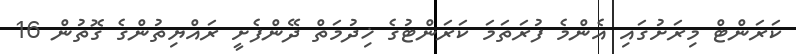
ކަރަންޓް މިރަށުގައި އެންމެ ފުރަތަމަ ކަރަންޓުގެ ޚިދުމަތް ދޭންފެށީ ރައްޔިތުންގެ ގޮތުން 16